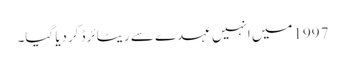
1997میں انہیں عہدے سے ریٹائرڈ کردیا گیا۔